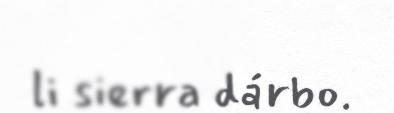
li sierra dárbo.